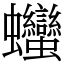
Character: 𧖣